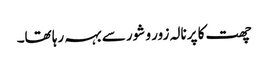
چھت کا پرنالہ زور و شور سے بہہ رہا تھا۔